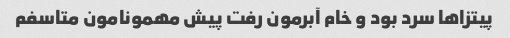
پیتزاها سرد بود و خام آبرمون رفت پیش مهمونامون متاسفم